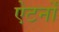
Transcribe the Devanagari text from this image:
ऐटर्नों